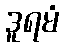
ဒူရမံ